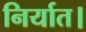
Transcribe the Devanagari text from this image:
निर्यात।